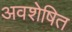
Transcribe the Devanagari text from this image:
अवशेषित